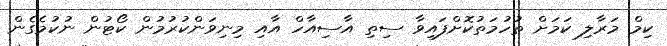
ކިމް މަރާލި ކަމަށް ތުހުމަތުކޮށްފައިވާ ސިތި އާސިއާހް އާއި މިނިވަންކުރުމުން ކޯޓުން ނުކުމެގެން